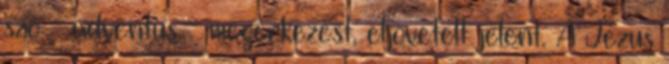
szó - adventus - megérkezést, eljövetelt jelent. A Jézus